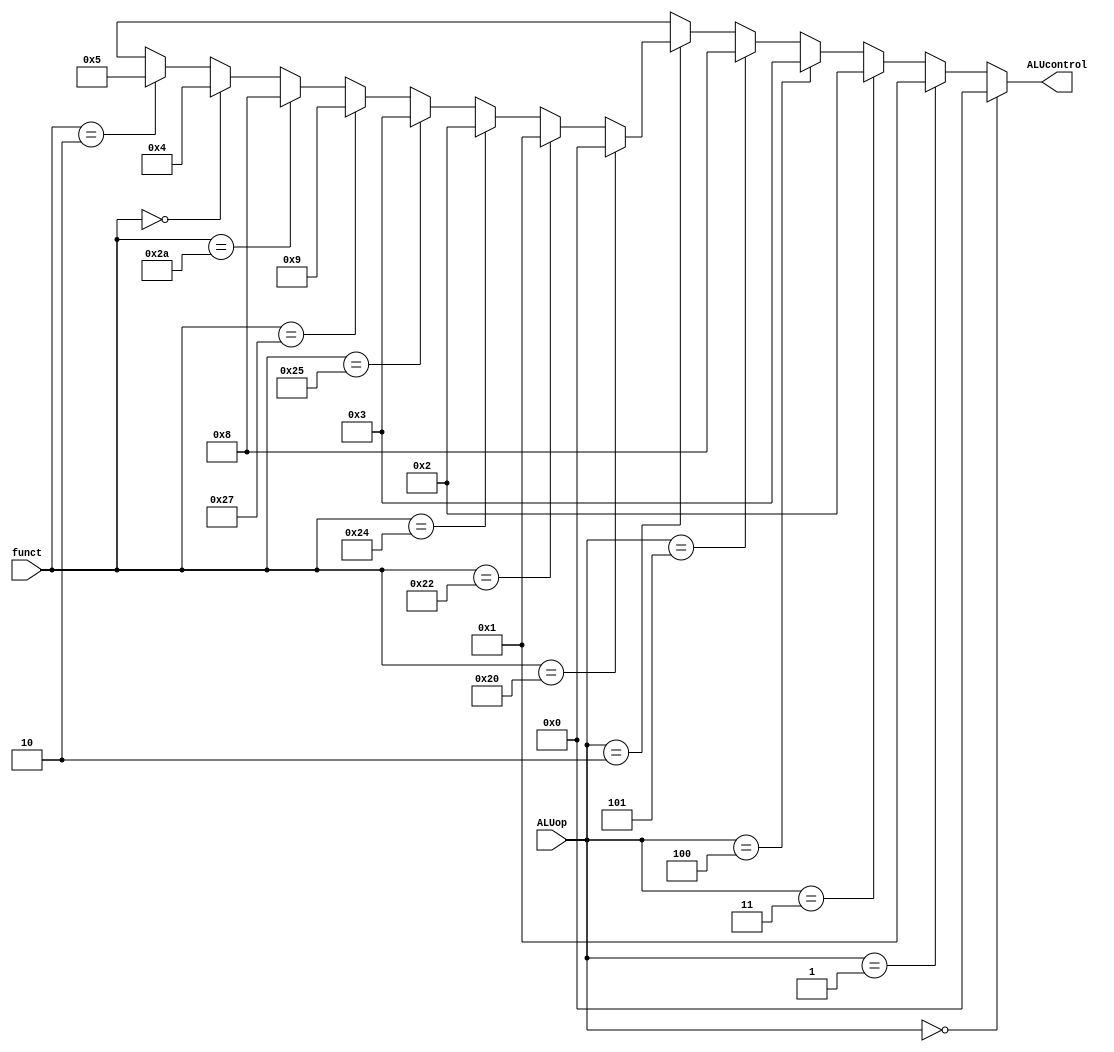
module ALUControl(ALUcontrol, ALUop, funct);
input[2:0] ALUop;
input[5:0] funct;
output reg [3:0] ALUcontrol;
 
assign ALUcontrol = (ALUop == 4'b0000) ? 4'b0000:
			        (ALUop == 4'b0001) ? 4'b0001:
			        (ALUop == 4'b0011) ? 4'b0010:
                    (ALUop == 4'b0100) ? 4'b0011:
                    (ALUop == 4'b0101) ? 4'b1000:
                    (ALUop == 4'b0010) ? 
                        ((funct == 6'b100000) ? 4'b0000:
                        (funct == 6'b100010) ? 4'b0001:
                        (funct == 6'b100100) ? 4'b0010:
                        (funct == 6'b100101) ? 4'b0011:
                        (funct == 6'b100111) ? 4'b1001:
                        (funct == 6'b101010) ? 4'b1000:
                        (funct == 6'b000000) ? 4'b0100:
                        (funct == 6'b000010) ? 4'b0101 : 4'bxxxx): 4'bxxxx;
endmodule